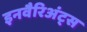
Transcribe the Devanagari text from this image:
इनवैरिअंट्स